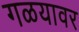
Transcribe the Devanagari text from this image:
गळयावर